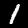
Label: 1